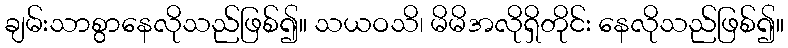
ချမ်းသာစွာနေလိုသည်ဖြစ်၍။ သယဝသိ၊ မိမိအလိုရှိတိုင်း နေလိုသည်ဖြစ်၍။